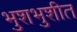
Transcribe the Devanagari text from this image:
भुशभुशीत